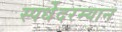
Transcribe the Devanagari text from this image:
स्पर्धेेदरम्यान